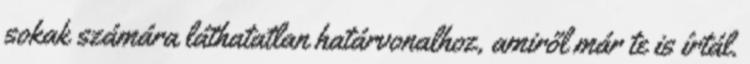
sokak számára láthatatlan határvonalhoz, amiről már te is írtál.